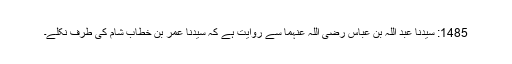
1485: سیدنا عبد اللہ بن عباس رضی اللہ عنہما سے روایت ہے کہ سیدنا عمر بن خطابؓ شام کی طرف نکلے۔